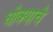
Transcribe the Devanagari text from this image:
घोक्याचे